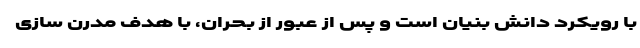
با رویکرد دانش بنیان است و پس از عبور از بحران، با هدف مدرن ‌سازی